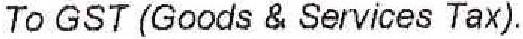
TO GST (GOODS & SERVICES TAX).